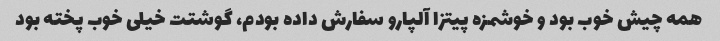
همه چیش خوب بود و خوشمزه پیتزا آلپارو سفارش داده بودم، گوشتت خیلی خوب پخته بود